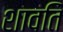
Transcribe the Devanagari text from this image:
शावति